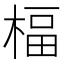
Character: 楅